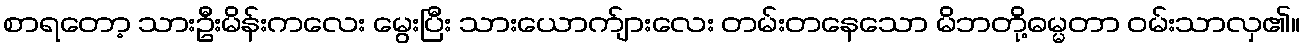
စာရတော့ သားဦးမိန်းကလေး မွေးပြီး သားယောက်ျားလေး တမ်းတနေသော မိဘတို့ဓမ္မတာ ဝမ်းသာလှ၏။